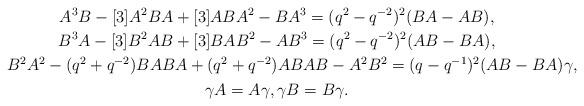
LaTeX: \begin{gather*}A^3B-[3]A^2BA+[3]ABA^2-BA^3=(q^2-q^{-2})^2(BA-AB),\\B^3A-[3]B^2AB+[3]BAB^2-AB^3=(q^2-q^{-2})^2(AB-BA),\\B^2A^2-(q^2+q^{-2})BABA+(q^2+q^{-2})ABAB-A^2B^2=(q-q^{-1})^2(AB-BA)\gamma,\\\gamma A=A\gamma,\gamma B=B\gamma.\end{gather*}